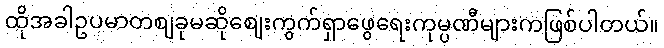
ထိုအခါဥပမာတစျခုမဆိုစျေးကွက်ရှာဖွေရေးကုမ္ပဏီများကဖြစ်ပါတယ်။